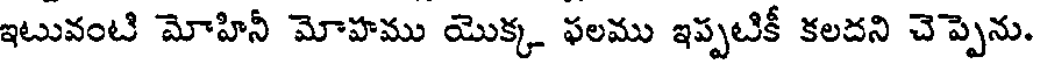
ఇటువంటి మోహినీ మోహము యొక్క ఫలము ఇప్పటికీ కలదని చెప్పెను.